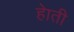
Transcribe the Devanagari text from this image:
हेाती